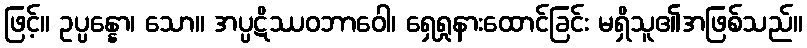
ဖြင့်။ ဥပ္ပန္နော၊ သော။ အပ္ပဋိဿဝဘာဝေါ၊ ရှေရှုနားထောင်ခြင်း မရှိသူ၏အဖြစ်သည်။